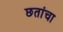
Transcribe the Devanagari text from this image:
छतांचा